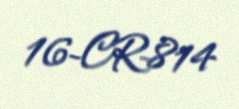
16-CR-814